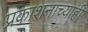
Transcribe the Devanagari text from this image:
प्रकाशनाच्याही